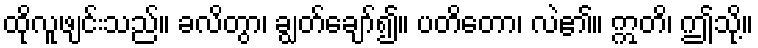
ထိုလူဖျင်းသည်။ ခလိတွာ၊ ချွတ်ချော်၍။ ပတိတော၊ လဲ၏။ ဣတိ၊ ဤသို့။